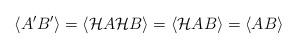
LaTeX: \begin{align*}\langle A^{\prime}B^{\prime}\rangle=\langle\mathcal{H}A\mathcal{H}B\rangle=\langle\mathcal{H}AB\rangle=\langle AB\rangle\end{align*}